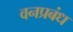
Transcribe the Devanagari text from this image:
वनप्रबंध